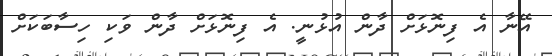
އޭނާ އެ ފިނޮޅަށް ދާން އުޅުނީ. އެ ފިނޮޅަށް ދާން ވަކި ހިސާބަކަށް